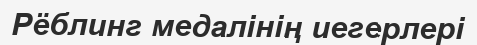
Рёблинг медалінің иегерлері